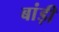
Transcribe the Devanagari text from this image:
बांड़ी